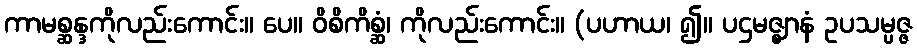
ကာမစ္ဆန္ဒကိုလည်းကောင်း။ ပေ။ ဝိစိကိစ္ဆံ၊ ကိုလည်းကောင်း။ (ပဟာယ၊ ၍။ ပဌမဇ္ဈာနံ ဥပသမ္ပဇ္ဇ